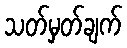
သတ်မှတ်ချက်